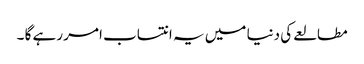
مطالعے کی دنیا میں یہ انتساب امر رہے گا ۔